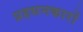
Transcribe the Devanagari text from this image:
प्रहसनकारों